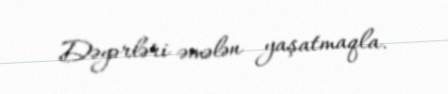
Dəyərləri əmələn yaşatmaqla.